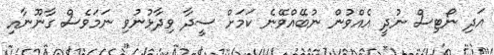
އަދި ނޯޓިސް ނުދީ އެއްވުން ނުބޭއްވޭނެ ކަަމަށް ސީދާ ވިދާޅުނުވި ނަމަވެސް ގާނޫނާއި